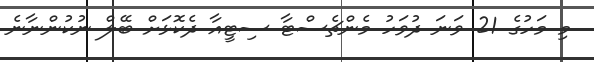
މި މަހުގެ 21 ވަނަ ދުވަހު މެންޗެސްޓާ ސިޓީއާ ދެކޮޅަށް ބޭލް ނުކުންނާނެ